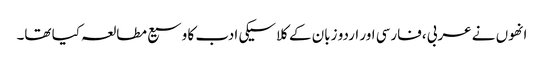
انھوں نے عربی ،فارسی اور اردو زبان کے کلاسیکی ادب کا وسیع مطالعہ کیا تھا۔